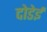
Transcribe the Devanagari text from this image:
दोडेई